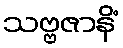
သဗ္ဗဇာနိံ